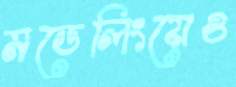
মডেলিংয়েও